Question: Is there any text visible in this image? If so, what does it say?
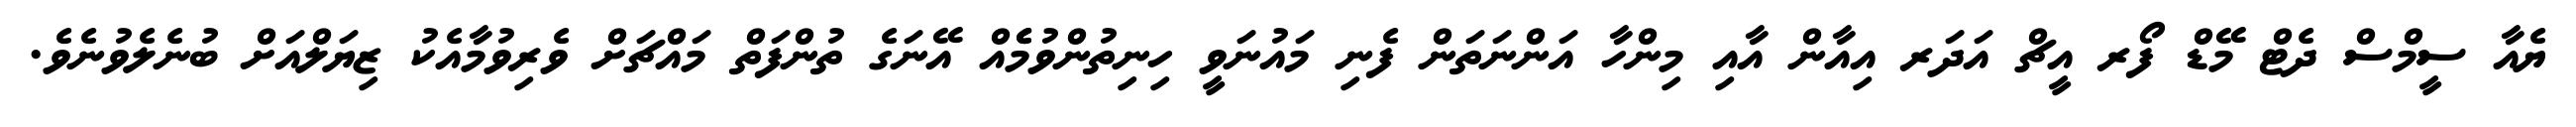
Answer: ޔެއާ ސީމްސް ދެޓް މޭޑް ފޯރ އީޗް އަދަރ އިއާން އާއި މިންހާ އަންނަތަން ފެނި މައުނަވީ ހިނިތުންވުމެެއް އޭނަގެ ތުންފަތް މައްޗަށް ވެރިވުމާއެކު ޒިޔަލްއަށް ބުނެލެވުނެވެ.